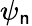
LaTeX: \psi_{\mathsf{n}}